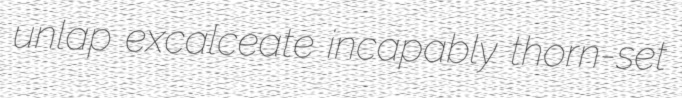
unlap excalceate incapably thorn-set